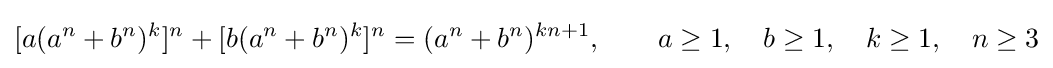
[a(a^{n}+b^{n})^{k}]^{n}+[b(a^{n}+b^{n})^{k}]^{n}=(a^{n}+b^{n})^{kn+1},\quad \quad a\geq 1,\quad b\geq 1,\quad k\geq 1,\quad n\geq 3